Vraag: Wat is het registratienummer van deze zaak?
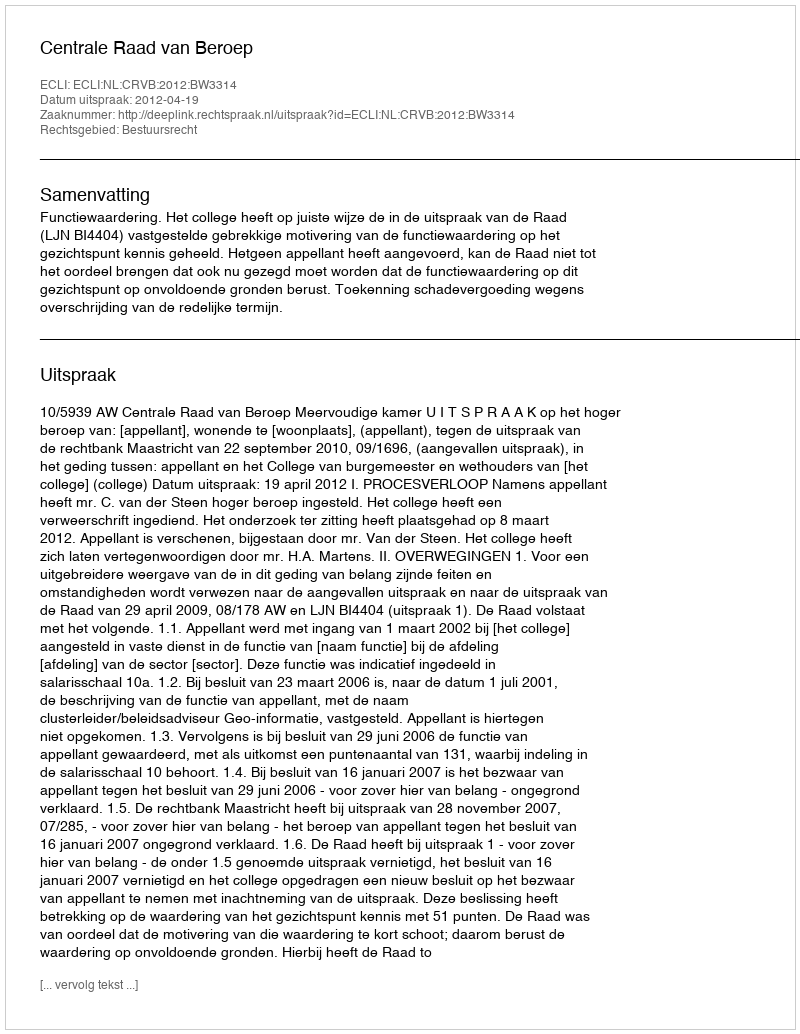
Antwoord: http://deeplink.rechtspraak.nl/uitspraak?id=ECLI:NL:CRVB:2012:BW3314